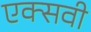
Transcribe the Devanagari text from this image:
एक्सवी